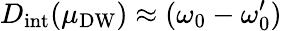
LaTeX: D_{\mathrm{int}}(\mu_{\mathrm{DW}})\approx(\omega_{0}-\omega_{0}^{\prime})